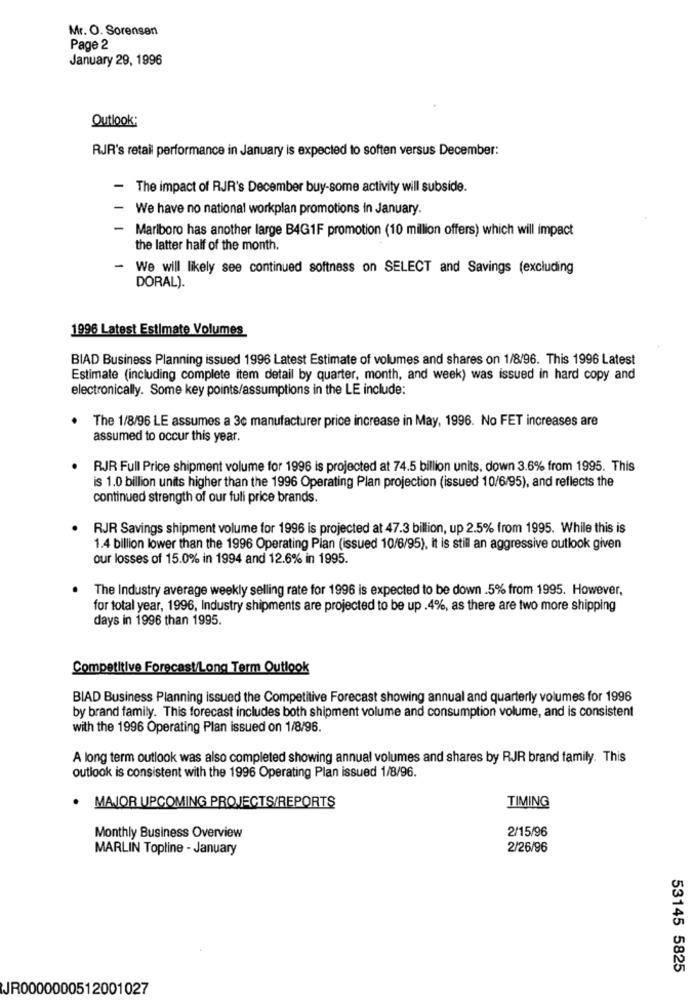
Mr. O. Sorensen
Page 2
January 29, 1996
Outlook:
RJR's retail performance in January is expected to soften versus December:
- The impact of RJR's December buy-some activity will subside.
- We have no national workplan promotions in January.
- Marlboro has another large B4G1F promotion (10 million offers) which will impact
the latter half of the month.
We will likely see continued softness on SELECT and Savings (excluding
DORAL).
1996 Latest Estimate Volumes
BIAD Business Planning issued 1996 Latest Estimate of volumes and shares on 1/8/96. This 1996 Latest
Estimate (including complete item detail by quarter, month, and week) was issued in hard copy and
electronically. Some key points/assumptions in the LE include:
The 1/8/96 LE assumes a 3c manufacturer price increase in May, 1996. No FET increases are
assumed to occur this year.
RJR Full Price shipment volume for 1996 is projected at 74.5 billion units. down 3.6% from 1995. This
is 1.0 billion units higher than the 1996 Operating Plan projection (issued 10/6/95), and reflects the
continued strength of our full price brands.
RJR Savings shipment volume for 1996 is projected at 47.3 billion, up 2.5% from 1995. While this is
1.4 billion lower than the 1996 Operating Plan (issued 10/6/95), It is still an aggressive outlook given
our losses of 15.0% in 1994 and 12.6% in 1995.
The Industry average weekly selling rate for 1996 is expected to be down .5% from 1995. However,
for total year, 1996, Industry shipments are projected to be up .4%, as there are two more shipping
days in 1996 than 1995.
Competitive Forecast/Long Term Outlook
BIAD Business Planning issued the Competitive Forecast showing annual and quarterly volumes for 1996
by brand family. This forecast includes both shipment volume and consumption volume, and is consistent
with the 1996 Operating Plan issued on 1/8/96.
A long term outlook was also completed showing annual volumes and shares by RJR brand family. This
outlook is consistent with the 1996 Operating Plan issued 1/8/96.
MAJOR UPCOMING PROJECTS/REPORTS
TIMING
2/15/96
Monthly Business Overview
MARLIN Topline - January
2/26/96
53145 5825
JR0000000512001027